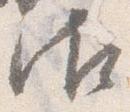
御